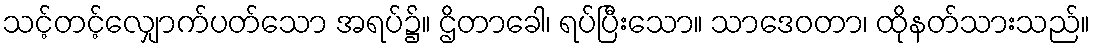
သင့်တင့်လျှောက်ပတ်သော အရပ်၌။ ဌိတာခေါ၊ ရပ်ပြီးသော။ သာဒေဝတာ၊ ထိုနတ်သားသည်။